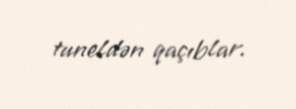
tuneldən qaçıblar.